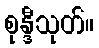
စုန္ဒီသုတ်။